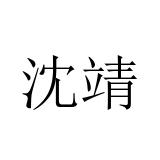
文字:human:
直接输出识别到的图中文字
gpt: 沈靖